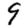
Digit: 9